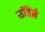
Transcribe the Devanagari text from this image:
नॉर्वेने